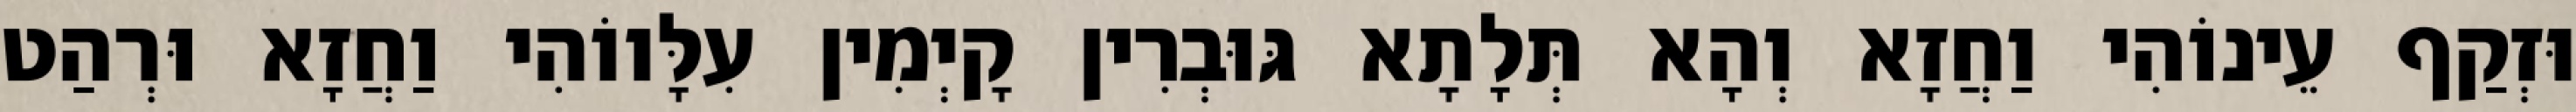
וּזְקַף עֵינוֹהִי וַחֲזָא וְהָא תְּלָתָא גּוּבְרִין קָיְמִין עִלָּווֹהִי וַחֲזָא וּרְהַט